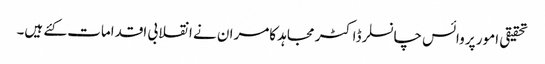
تحقیقی امور پر وائس چانسلر ڈاکٹر مجاہد کامران نے انقلابی اقدامات کئے ہیں۔